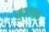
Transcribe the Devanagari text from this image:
युद्धबळ